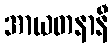
အာယတနာနီ